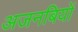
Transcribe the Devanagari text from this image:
अजनबियों